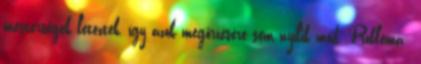
mesterségek léteztek, így azok megőrzésére sem nyílik mód. Probléma